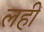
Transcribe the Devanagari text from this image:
लहीं